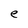
Character: e